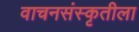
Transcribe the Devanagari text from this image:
वाचनसंस्कृतीला